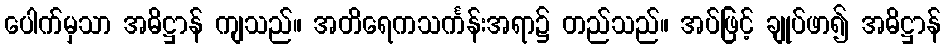
ပေါက်မှသာ အဓိဋ္ဌာန် ကျသည်။ အတိရေကသင်္ကန်းအရာ၌ တည်သည်။ အပ်ဖြင့် ချုပ်ဖာ၍ အဓိဋ္ဌာန်